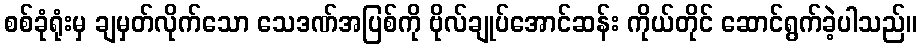
စစ်ခုံရုံးမှ ချမှတ်လိုက်သော သေဒဏ်အပြစ်ကို ဗိုလ်ချုပ်အောင်ဆန်း ကိုယ်တိုင် ဆောင်ရွက်ခဲ့ပါသည်။